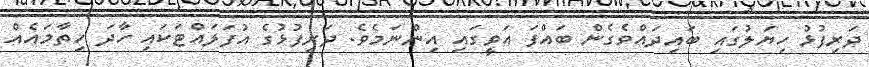
ދަރިފުޅު ހިޔަލުގައި ބައިދައްވެގެން ބައްފަ އަވީގައި އިންނަމެވެ. ދަރިފުޅުގެ އުފަލައްޓަކައި ހާދަ ހިތާމައެއް